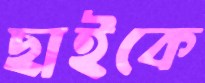
ছাইকে